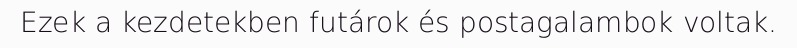
Ezek a kezdetekben futárok és postagalambok voltak.